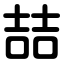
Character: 喆